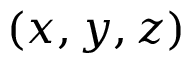
( x , y , z )